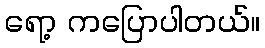
ရော့ ကပြောပါတယ်။